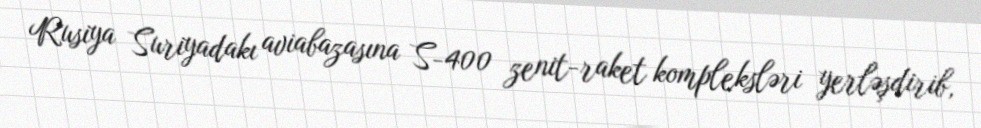
Rusiya Suriyadakı aviabazasına S-400 zenit-raket kompleksləri yerləşdirib,